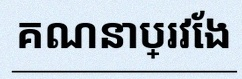
គណនាប្រវែង